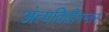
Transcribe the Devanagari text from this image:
अंत्यविधीनम्तर